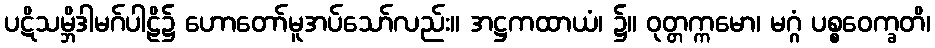
ပဋိသမ္ဘိဒါမဂ်ပါဠိ၌ ဟောတော်မူအပ်သော်လည်း။ အဋ္ဌကထာယံ၊ ၌။ ဝုတ္တက္ကမော၊ မဂ္ဂံ ပစ္စဝေက္ခတိ၊